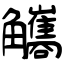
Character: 觿